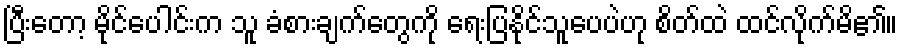
ပြီးတော့ မိုင်ပေါင်းက သူ ခံစားချက်တွေကို ရေးပြနိုင်သူပေပဲဟု စိတ်ထဲ ထင်လိုက်မိ၏။